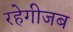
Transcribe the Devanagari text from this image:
रहेगीजब